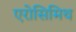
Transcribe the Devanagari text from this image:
एरोसिमिथ